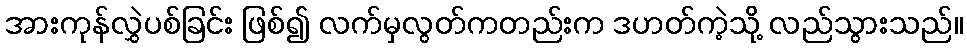
အားကုန်လွှဲပစ်ခြင်း ဖြစ်၍ လက်မှလွတ်ကတည်းက ဒဟတ်ကဲ့သို့ လည်သွားသည်။